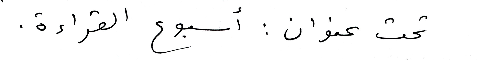
تحت عنوان : أسبوع القراءة.